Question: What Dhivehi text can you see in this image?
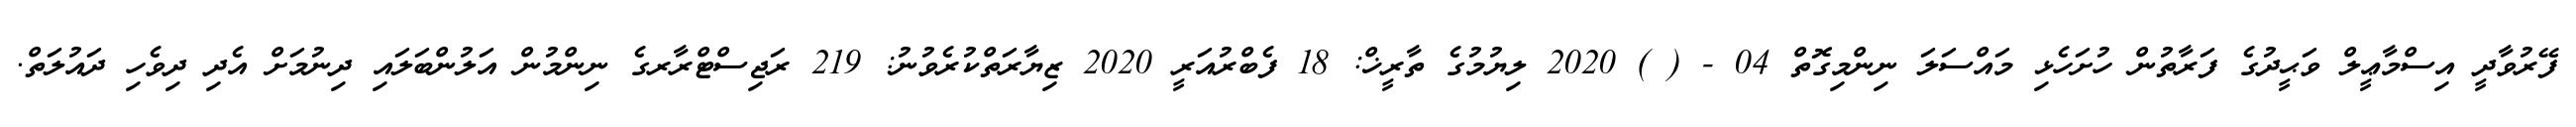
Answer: ފޭރުވާދީ އިސްމާޢީލް ވަޙީދުގެ ފަރާތުން ހުށަހެޅި މައްސަލަ ނިންމިގޮތް 04 - ( ) 2020 ލިޔުމުގެ ތާރީޚް: 18 ފެބްރުއަރީ 2020 ޒިޔާރަތްކުރެވުނު: 219 ރަޖިސްޓްރާރގެ ނިންމުން އަލުންބަލައި ދިނުމަށް އެދި ދިވެހި ދައުލަތް.